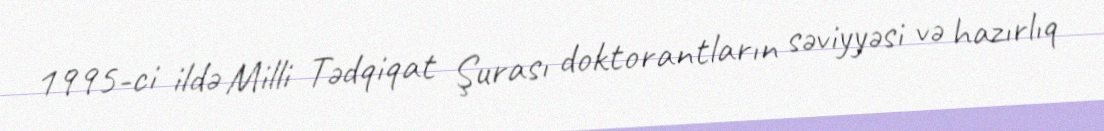
1995-ci ildə Milli Tədqiqat Şurası doktorantların səviyyəsi və hazırlıq